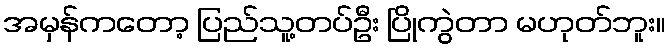
အမှန်ကတော့ ပြည်သူ့တပ်ဦး ပြိုကွဲတာ မဟုတ်ဘူး။